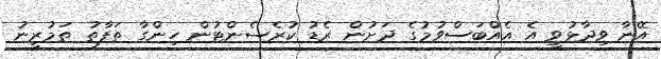
އޭނާ ވިދާޅުވީ އެ އެއްބަސްވުމުގެ ދަށުން ރެޑު ކުރެސެންޓުން ހިންގާ ތަފާތު ތަމުރީނު